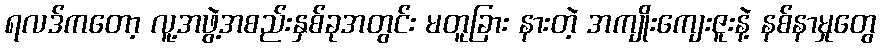
ရလဒ်ကတော့ လူ့အဖွဲ့အစည်းနှစ်ခုအတွင်း မတူခြား နားတဲ့ အကျိုးကျေးဇူးနဲ့ နစ်နာမှုတွေ